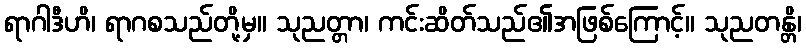
ရာဂါဒီဟိ၊ ရာဂစသည်တို့မှ။ သုညတ္တာ၊ ကင်းဆိတ်သည်၏အဖြစ်ကြောင့်။ သုညတန္တိ၊